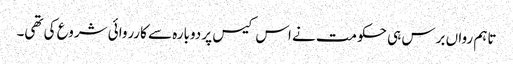
تاہم رواں برس ہی حکومت نے اس کیس پر دوبارہ سے کارروائی شروع کی تھی۔